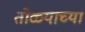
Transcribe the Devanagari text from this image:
तोळ्याच्या